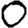
Digit: 0